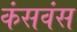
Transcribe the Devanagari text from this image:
कंसवंस